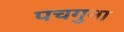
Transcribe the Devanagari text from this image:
पचगुना